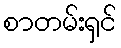
စာတမ်းရှင်